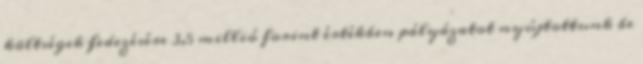
költségek fedezésére 3,5 millió forint értékben pályázatot nyújtottunk be